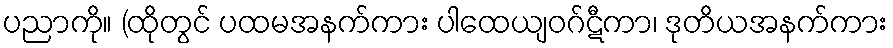
ပညာကို။ (ထိုတွင် ပထမအနက်ကား ပါထေယျဝဂ်ဋီကာ၊ ဒုတိယအနက်ကား